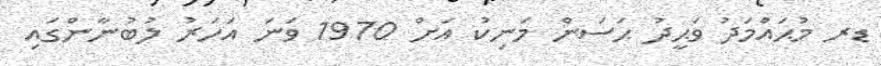
ޑރ މުޙައްމަދު ވަޙީދު ޙަސަން މަނިކު އަށް 1970 ވަނަ އަހަރު ލުބުނާންގައި